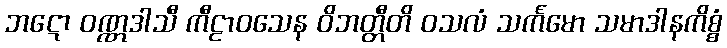
ဘဋော ဝဏ္ဏဒါသီ ကီဠာဝသေန ဝိဘတ္တီတိ ဝသလံ သင်္ကမော သမာဒါနကိစ္စံ